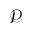
\mathcal { P }